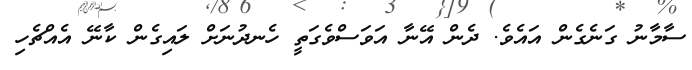
ސާމާނު ގަނެގެން އައެވެ. ދެން އޭނާ އަވަސްވެގަތީ ހެނދުނަށް ލައިގެން ކާނޭ އެއްޗެހި